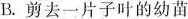
B.剪去一片子叶的幼苗